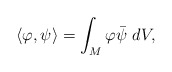
\begin{align*}\left\langle\varphi ,\psi\right\rangle=\int_{M}\varphi\bar{\psi}\ dV,\end{align*}